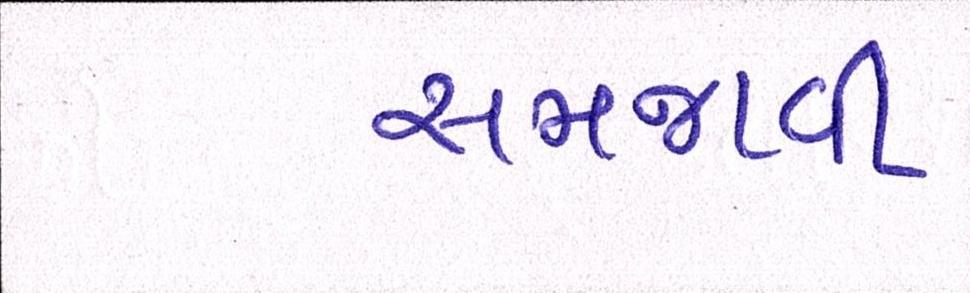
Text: સમજાવી